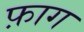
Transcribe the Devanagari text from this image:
फ़ाग